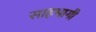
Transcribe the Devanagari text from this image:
साहभागी